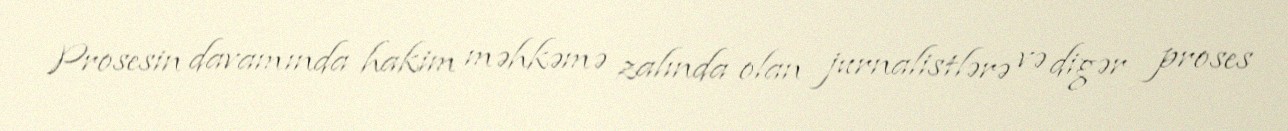
Prosesin davamında hakim məhkəmə zalında olan jurnalistlərə və digər proses